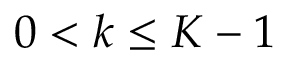
0 < k \leq K - 1